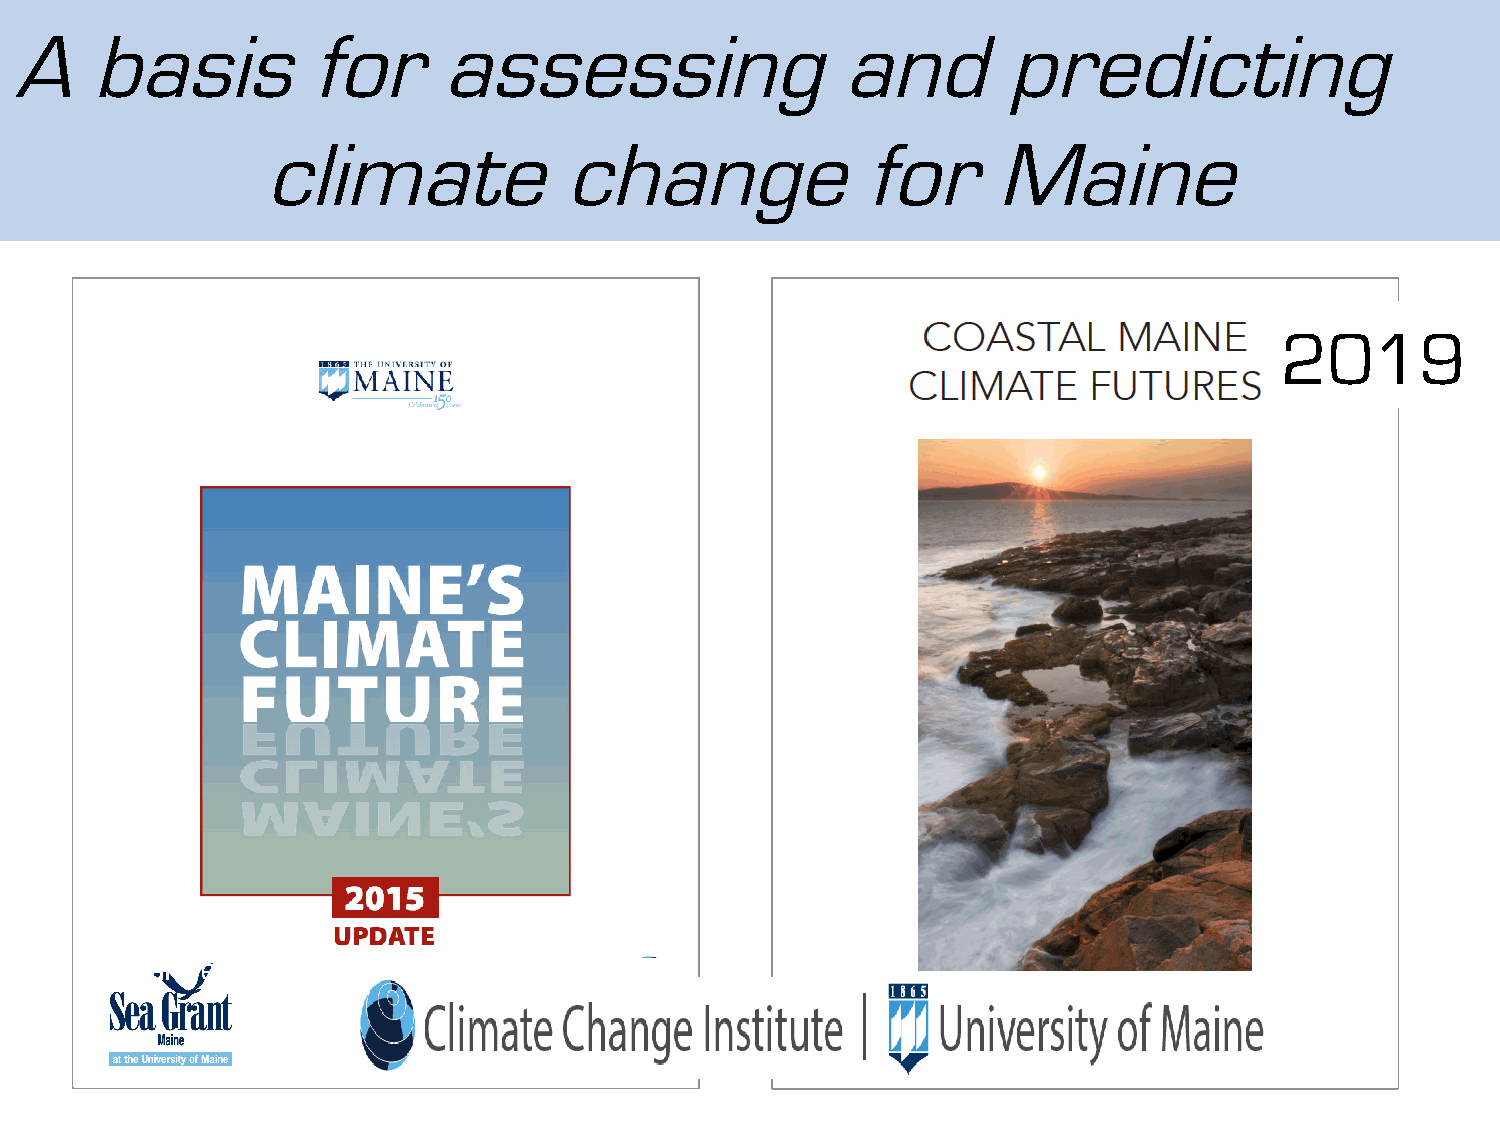
AA   bbaassiiss     ffoorr  aasssseessssiinngg         aanndd    pprreeddiiccttiinngg
 cclliimmaattee      cchhaannggee        ffoorr   MMaaiinnee
 2019
 Fernandez et al., 2015
 Birkel and Mayewski, 2018